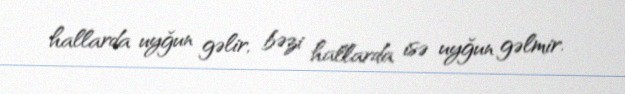
hallarda uyğun gəlir, bəzi hallarda isə uyğun gəlmir.